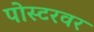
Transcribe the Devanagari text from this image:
पोस्टरवर